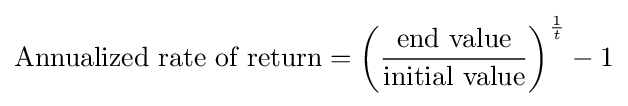
{\text{Annualized rate of return}}=\left({\frac {\text{end value}}{\text{initial value}}}\right)^{\frac {1}{t}}-1